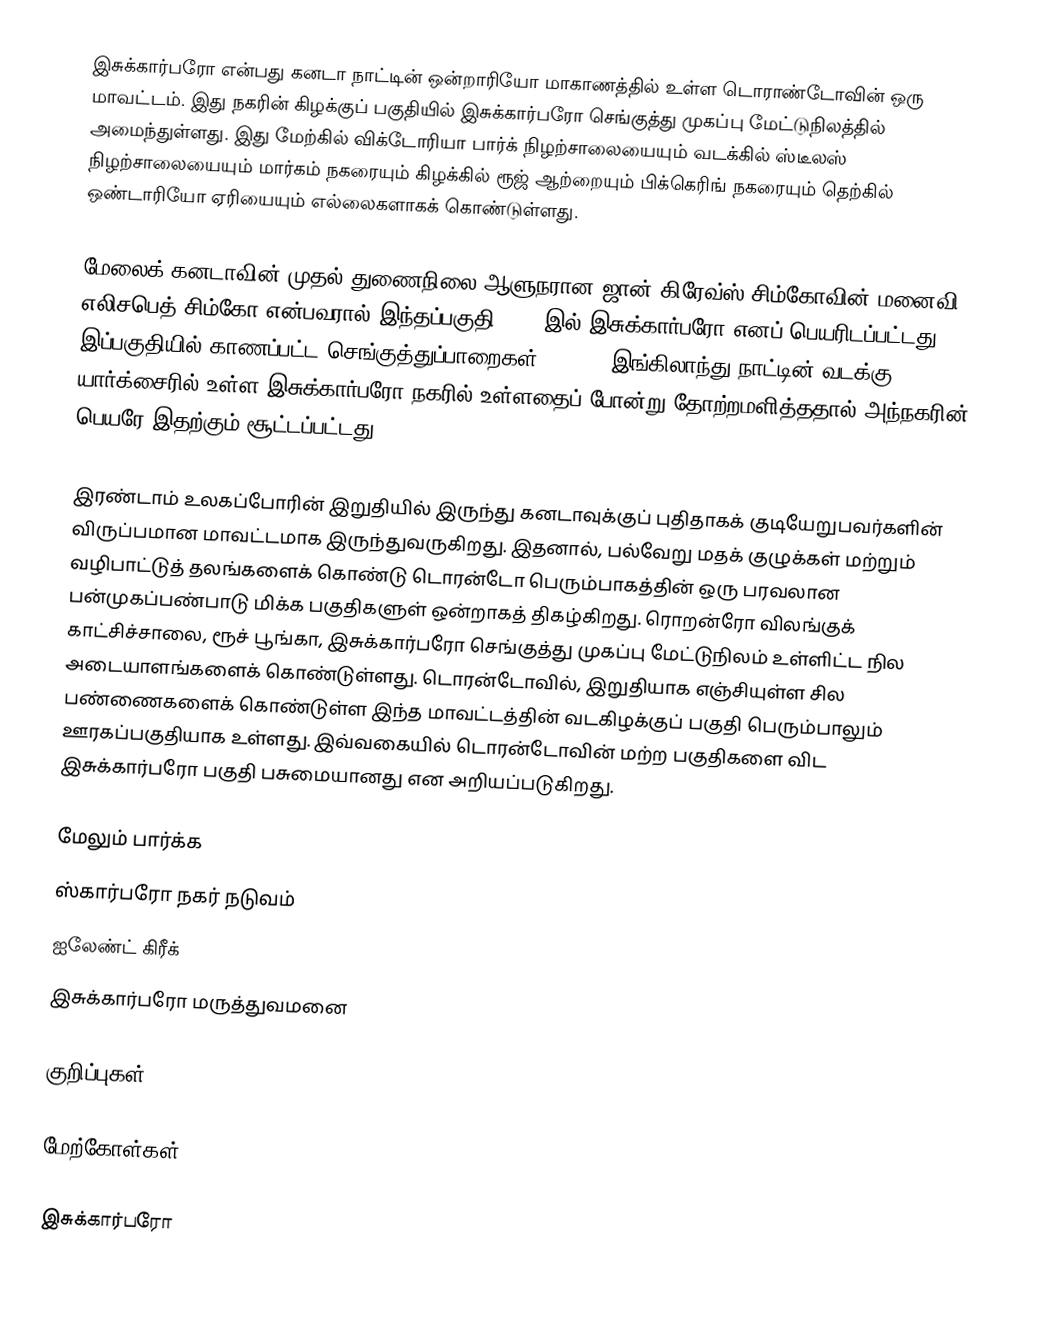
இசுக்கார்பரோ என்பது கனடா நாட்டின் ஒன்றாரியோ மாகாணத்தில் உள்ள டொராண்டோவின் ஒரு மாவட்டம். இது நகரின் கிழக்குப் பகுதியில் இசுக்கார்பரோ செங்குத்து முகப்பு மேட்டுநிலத்தில் அமைந்துள்ளது. இது மேற்கில் விக்டோரியா பார்க் நிழற்சாலையையும் வடக்கில் ஸ்டீலஸ் நிழற்சாலையையும் மார்கம் நகரையும் கிழக்கில் ரூஜ் ஆற்றையும் பிக்கெரிங் நகரையும் தெற்கில் ஒண்டாரியோ ஏரியையும் எல்லைகளாகக் கொண்டுள்ளது.

மேலைக் கனடாவின் முதல் துணைநிலை ஆளுநரான ஜான் கிரேவ்ஸ் சிம்கோவின் மனைவி எலிசபெத் சிம்கோ என்பவரால் இந்தப்பகுதி 1796-இல் இசுக்கார்பரோ எனப் பெயரிடப்பட்டது. இப்பகுதியில் காணப்பட்ட செங்குத்துப்பாறைகள் (Cliff) இங்கிலாந்து நாட்டின் வடக்கு யார்க்சைரில் உள்ள இசுக்கார்பரோ நகரில் உள்ளதைப் போன்று தோற்றமளித்ததால் அந்நகரின் பெயரே இதற்கும் சூட்டப்பட்டது.

இரண்டாம் உலகப்போரின் இறுதியில் இருந்து கனடாவுக்குப் புதிதாகக் குடியேறுபவர்களின் விருப்பமான மாவட்டமாக இருந்துவருகிறது. இதனால், பல்வேறு மதக் குழுக்கள் மற்றும் வழிபாட்டுத் தலங்களைக் கொண்டு டொரன்டோ பெரும்பாகத்தின் ஒரு பரவலான பன்முகப்பண்பாடு மிக்க பகுதிகளுள் ஒன்றாகத் திகழ்கிறது. ரொறன்ரோ விலங்குக் காட்சிச்சாலை, ரூச் பூங்கா, இசுக்கார்பரோ செங்குத்து முகப்பு மேட்டுநிலம் உள்ளிட்ட நில அடையாளங்களைக் கொண்டுள்ளது. டொரன்டோவில், இறுதியாக எஞ்சியுள்ள சில பண்ணைகளைக் கொண்டுள்ள இந்த மாவட்டத்தின் வடகிழக்குப் பகுதி பெரும்பாலும் ஊரகப்பகுதியாக உள்ளது. இவ்வகையில் டொரன்டோவின் மற்ற பகுதிகளை விட இசுக்கார்பரோ பகுதி பசுமையானது என அறியப்படுகிறது.

மேலும் பார்க்க
 ஸ்கார்பரோ நகர் நடுவம்
 ஐலேண்ட் கிரீக்
 இசுக்கார்பரோ மருத்துவமனை

குறிப்புகள்

மேற்கோள்கள்

இசுக்கார்பரோ